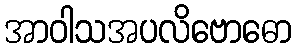
အာဝါသအပလိဗောဓော